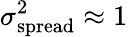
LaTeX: \sigma_{\mathrm{spread}}^{2}\approx 1